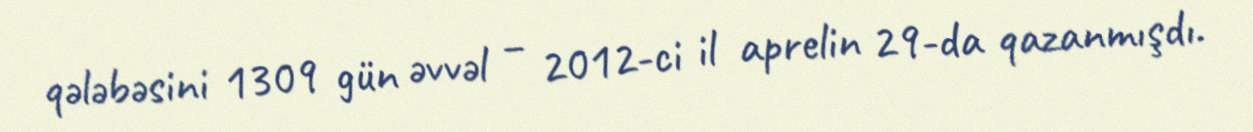
qələbəsini 1309 gün əvvəl – 2012-ci il aprelin 29-da qazanmışdı.